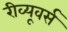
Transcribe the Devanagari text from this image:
रीव्यूवर्स